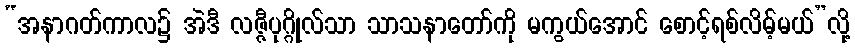
“အနာဂတ်ကာလ၌ အဲဒီ လဇ္ဇီပုဂ္ဂိုလ်သာ သာသနာတော်ကို မကွယ်အောင် စောင့်ရစ်လိမ့်မယ်”လို့